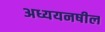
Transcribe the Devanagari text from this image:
अध्ययनषील